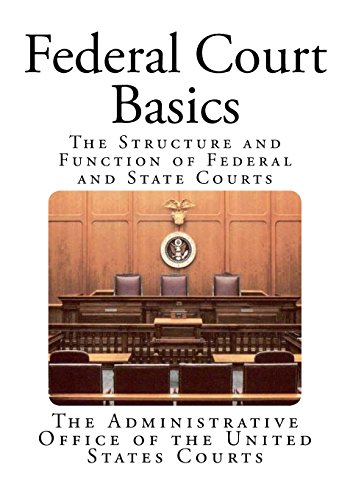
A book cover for Federal Court Basics: The Structure and Function of Federal and State Courts; The Administrative Office of the United States Courts; Law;